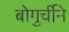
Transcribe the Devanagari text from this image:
बोगुर्चीने